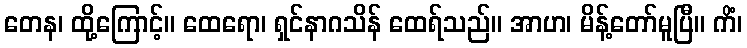
တေန၊ ထို့ကြောင့်။ ထေရော၊ ရှင်နာဂသိန် ထေရ်သည်။ အာဟ၊ မိန့်တော်မူပြီ။ ကိံ၊